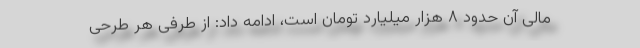
مالی آن حدود ۸ هزار میلیارد تومان است، ادامه داد: از طرفی هر طرحی